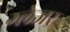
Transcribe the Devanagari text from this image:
ग्लेजर